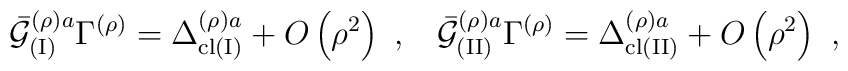
{\bar{{\cal G}}}_{({\rm I})}^{\left( \rho \right) a}\Gamma ^{\left( \rho\right) }=\Delta _{{\rm cl}({\rm I})}^{\left( \rho \right) a}+O\left( \rho^2\right) \,\,,\;\;\;{\bar{{\cal G}}}_{({\rm II})}^{\left( \rho \right)a}\Gamma ^{\left( \rho \right) }=\Delta _{{\rm cl}({\rm II})}^{\left( \rho\right) a}+O\left( \rho ^2\right) \,\,,